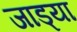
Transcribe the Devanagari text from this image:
जाड्या